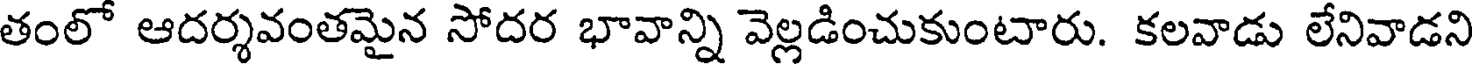
తంలో ఆదర్శవంతమైన సోదర భావాన్ని వెల్లడించుకుంటారు. కలవాడు లేనివాడని